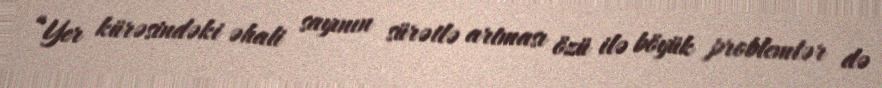
“Yer kürəsindəki əhali sayının sürətlə artması özü ilə böyük problemlər də